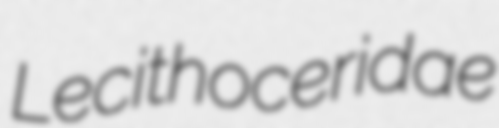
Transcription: Lecithoceridae